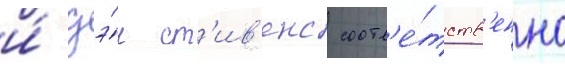
и́ дэ́н ст'ив'енс соотв'е́тств'енно